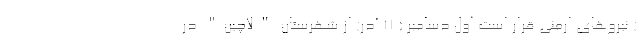
) نیروهای ارمنی قرار است اول دسامبر ( 11 آذر) از شهرستان "لاچین" در